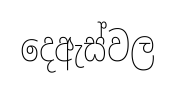
දෙඇස්වල